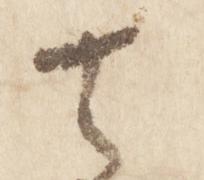
去